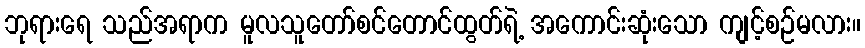
ဘုရားရေ သည်အရာက မူလသူတော်စင်တောင်ထွတ်ရဲ့ အကောင်းဆုံးသော ကျင့်စဉ်မလား။